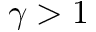
\gamma > 1